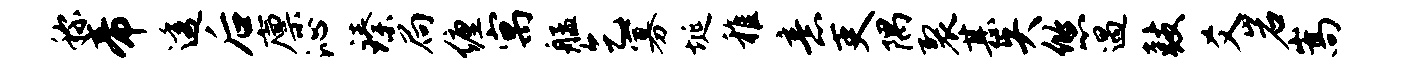
称帝透后廪沁臻扃缠寓艋乞寡埏稚意吏隅裂甚失悠遇鼓爻岩嵩